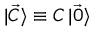
\mathinner { | { \vec { C } } \rangle } \equiv C \mathinner { | { \vec { 0 } } \rangle }